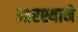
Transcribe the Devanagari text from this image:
आरश्याने